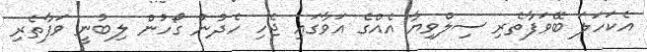
އެކަހަލަ ބޭވަފާތެރި ސިލްވިޔާ އެއްގެ އަވާގައި ޖެހި ހެދުނު ގޯހުން ލިބުނީ ވަފާތެރި